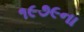
૧૯૭૯ના